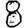
Digit: 8